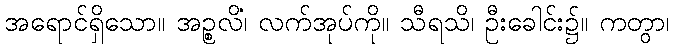
အရောင်ရှိသော။ အဉ္စလိံ၊ လက်အုပ်ကို။ သီရသိ၊ ဦးခေါင်း၌။ ကတွာ၊